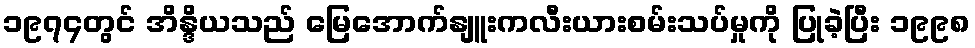
၁၉၇၄တွင် အိန္ဒိယသည် မြေအောက်နျူးကလီးယားစမ်းသပ်မှုကို ပြုခဲ့ပြီး ၁၉၉၈